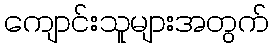
ကျောင်းသူများအတွက်